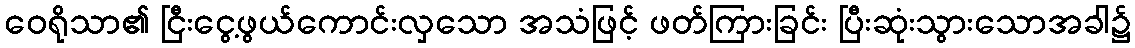
ဝေရိုသာ၏ ငြီးငွေ့ဖွယ်ကောင်းလှသော အသံဖြင့် ဖတ်ကြားခြင်း ပြီးဆုံးသွားသောအခါ၌